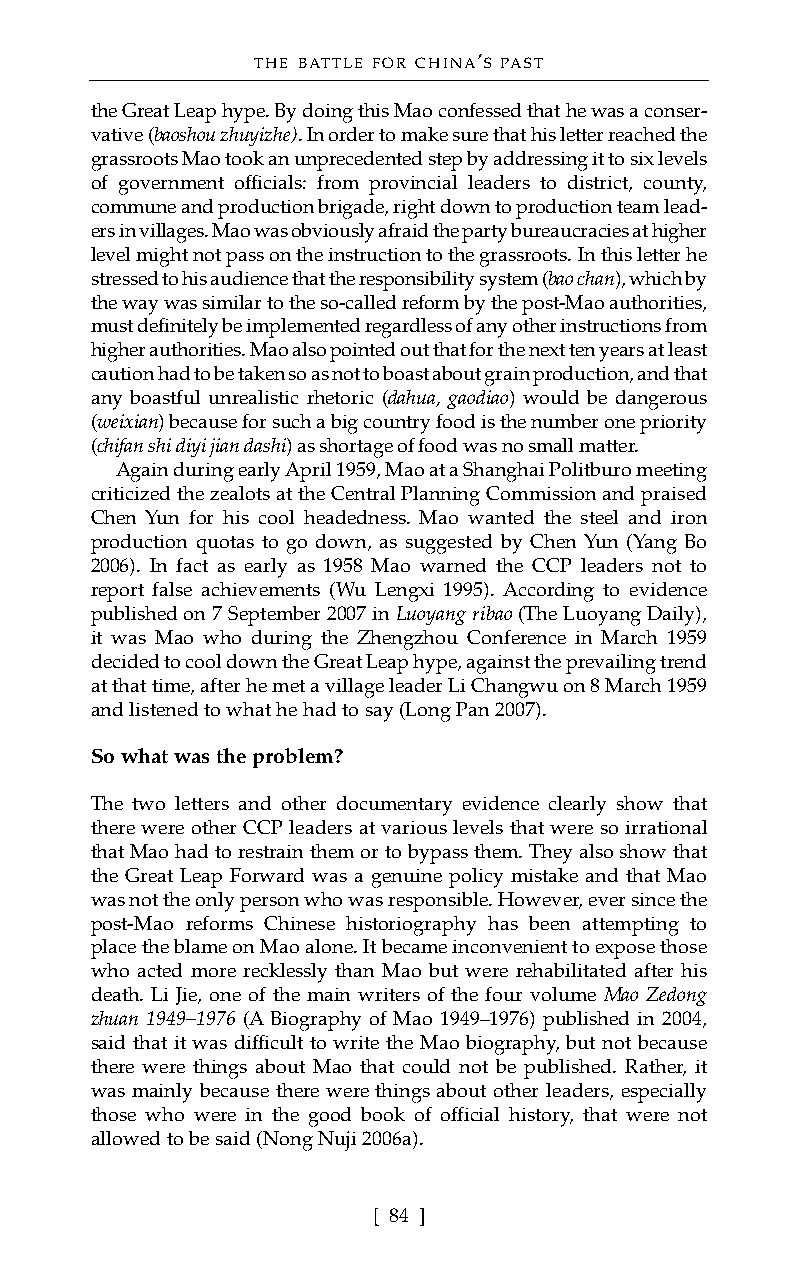
THE BATTLE FOR CHINA’S PAST
 the Great Leap hype. By doing this Mao confessed that he was a conser-
 vative (baoshou zhuyizhe). In order to make sure that his letter reached the
 grassroots Mao took an unprecedented step by addressing it to six levels
 of government officials: from provincial leaders to district, county,
 commune and production brigade, right down to production team lead-
 ers in villages. Mao was obviously afraid the party bureaucracies at higher
 level might not pass on the instruction to the grassroots. In this letter he
 stressed to his audience that the responsibility system (bao chan), which by
 the way was similar to the so-called reform by the post-Mao authorities,
 must definitely be implemented regardless of any other instructions from
 higher authorities. Mao also pointed out that for the next ten years at least
 caution had to be taken so as not to boast about grain production, and that
 any boastful unrealistic rhetoric (dahua, gaodiao) would be dangerous
 (weixian) because for such a big countryfood is the number one priority
 (chifan shi diyi jian dashi) as shortage of food was no small matter.
 Again during early April 1959, Mao at a Shanghai Politburo meeting
 criticized the zealots at the Central Planning Commission and praised
 Chen Yun for his cool headedness. Mao wanted the steel and iron
 production quotas to go down, as suggested by Chen Yun (Yang Bo
 2006). In fact as early as 1958 Mao warned the CCP leaders not to
 report false achievements (Wu Lengxi 1995). According to evidence
 published on 7 September 2007 in Luoyang ribao(The Luoyang Daily),
 it was Mao who during the Zhengzhou Conference in March 1959
 decided to cool down the Great Leap hype, against the prevailing trend
 at that time, after he met a village leader Li Changwu on 8 March 1959
 and listened to what he had to say (Long Pan 2007).
 So what was the problem?
 The two letters and other documentary evidence clearly show that
 there were other CCP leaders at various levels that were so irrational
 that Mao had to restrain them or to bypass them. They also show that
 the Great Leap Forward was a genuine policy mistake and that Mao
 was not the only person who was responsible. However, ever since the
 post-Mao reforms Chinese historiography has been attempting to
 place the blame on Mao alone. It became inconvenient to expose those
 who acted more recklessly than Mao but were rehabilitated after his
 death. Li Jie, one of the main writers of the four volume Mao Zedong
 zhuan 1949–1976 (A Biography of Mao 1949–1976) published in 2004,
 said that it was difficult to write the Mao biography, but not because
 there were things about Mao that could not be published. Rather, it
 was mainly because there were things about other leaders, especially
 those who were in the good book of official history, that were not
 allowed to be said (Nong Nuji 2006a).
 [ 84 ]